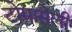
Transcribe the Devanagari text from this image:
टोमासेली